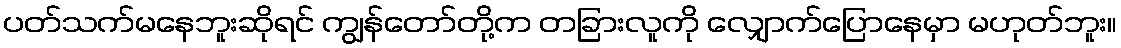
ပတ်သက်မနေဘူးဆိုရင် ကျွန်တော်တို့က တခြားလူကို လျှောက်ပြောနေမှာ မဟုတ်ဘူး။